Lunatic asylums Central Provinces reports 1874-1885 - 1874-1885
Year: 1874
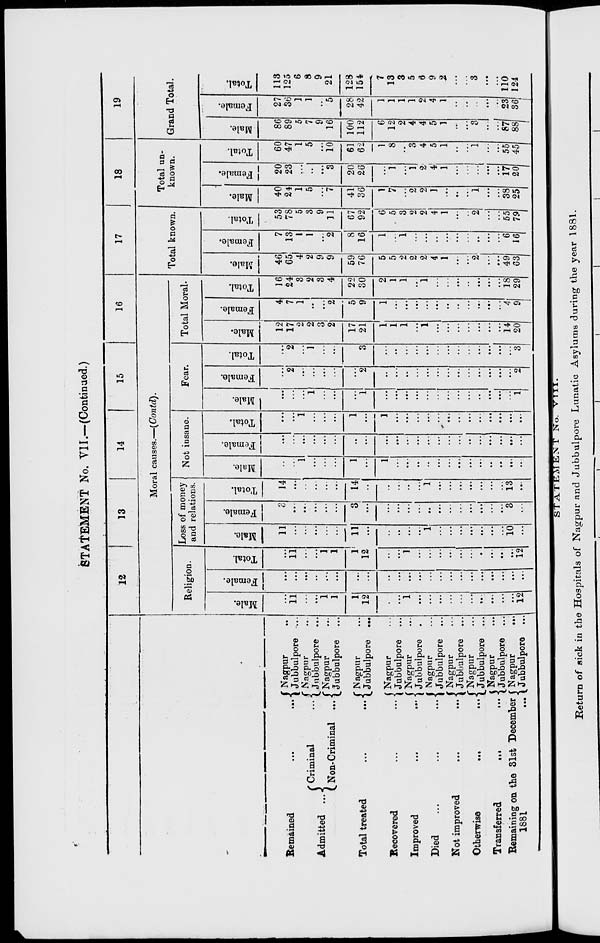
STATEMENT No. VII.—(Continued.)
Remained ... ...
Admitted ...
Criminal
...
Non-Criminal ...
Total treated
...
...
Recovered
...
...
Improved
...
...
Died
...
...
...
Not improved
...
...
Otherwise
...
...
Transferred
...
...
Remaining on the 31st December
1881 ...
Nagpur ...
Jubbulpore ...
Nagpur ...
Jubbulpore ...
Nagpur ...
Jubbulpore ...
Nagpur ...
Jubbulpore ...
Nagpur ...
Jubbulpore ...
Nagpur ...
Jubbulpore ...
Nagpur ...
Jubbulpore ...
Nagpur ...
Jubbulpore ...
Nagpur ...
Jubbulpore ...
Nagpur ...
Jubbulpore ...
Nagpur ...
Jubbulpore ...
12
13
14
15
16
Moral causes.—(Contd).
Religion.
Male.
...
11
...
...
1
1
1
12
...
...
1
...
...
...
...
...
...
...
...
...
...
12
Female.
...
...
...
...
...
...
...
...
...
...
...
...
...
...
...
...
...
...
...
...
...
...
Total.
...
11
...
...
1
1
1
12
...
...
1
...
...
...
...
...
...
...
...
...
...
12
Loss of money
and relations.
| Male.
11
...
...
...
...
...
11
...
...
...
...
...
1
...
...
...
...
...
...
...
10
...
Female.
3
...
...
...
...
...
3
...
...
...
...
...
...
...
...
...
...
...
...
...
3
...
Total.
14
...
...
...
...
...
14
...
...
...
...
...
1
...
...
...
...
...
...
...
13
...
Not insane.
Male.
...
...
1
...
...
...
1
...
1
...
...
...
...
...
...
...
...
...
...
...
...
...
Female.
...
...
...
...
...
...
...
...
...
...
...
...
...
...
...
...
...
...
...
...
...
...
Total.
...
...
1
...
...
...
1
...
1
...
...
...
...
...
...
...
...
...
...
...
...
...
Fear.
Male.
...
...
...
1
...
...
...
1
...
...
...
...
...
...
...
...
...
...
...
...
...
1
Female.
...
2
...
...
...
...
...
2
...
...
...
...
...
...
...
...
...
...
...
...
...
2
Total.
...
2
...
1
...
...
...
3
...
...
...
...
...
...
...
...
...
...
...
...
...
3
Total Moral.
Male.
12
17
2
2
3
2
17
21
1
1
1
...
1
...
...
...
...
...
...
...
14
20
Female.
4
7
1
...
...
2
5
9
1
...
...
...
...
...
...
...
...
...
...
...
4
9
Total.
16
24
3
2
3
4
22
30
2
1
1
...
1
...
...
...
..
...
...
...
18
29
17
Total known.
Male.
46
65
4
2
9
9
59
76
5
5
2
2
2
4
1
...
...
2
...
...
49
63
Female.
7
13
1
1
...
2
8
16
1
...
1
...
...
...
...
...
...
...
...
...
6
16
Total.
53
78
5
3
9
11
67
92
6
5
3
2
2
4
1
...
...
2
...
...
55
79
18
Total un-
known.
Male.
40
24
1
5
...
7
41
36
1
7
...
2
2
1
...
..
...
1
...
...
38
25
Female.
20
23
...
...
...
3
20
26
...
1
...
1
2
4
1
...
...
...
...
...
17
20
Total.
60
47
1
5
...
10
61
62
1
8
...
3
4
5
1
...
...
1
...
...
55
45
19
Grand Total.
Male.
86
89
5
7
9
16
100
112
6
12
2
4
4
5
1
...
...
3
...
...
87
88
Female.
27
36
1
1
...
5
28
42
1
1
1
1
2
4
1
...
...
...
...
...
23
36
Total.
113
125
6
8
9
21
128
154
7
13
3
5
6
9
2
...
...
3
...
...
110
124